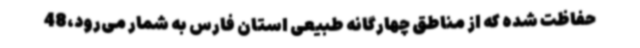
حفاظت شده که از مناطق چهارگانه طبیعی استان فارس به شمار می‌رود،48